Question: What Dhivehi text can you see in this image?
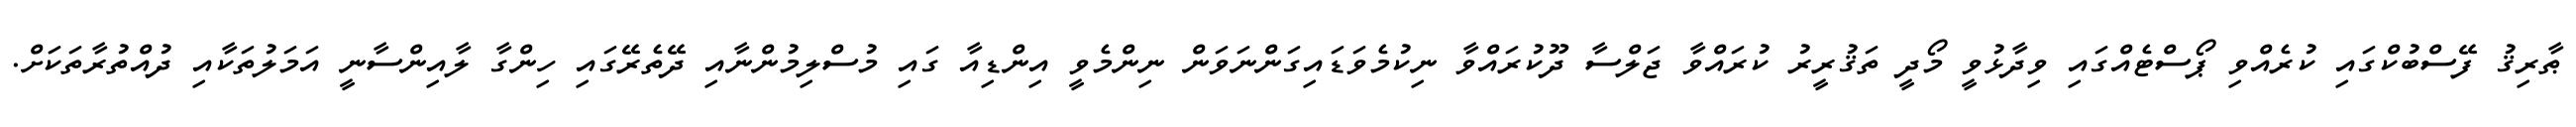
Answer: ޠާރިޤު ފޭސްބުކްގައި ކުރެއްވި ޕޯސްޓެއްގައި ވިދާޅުވީ މޯދީ ތަޤުރީރު ކުރައްވާ ޖަލްސާ ދޫކުރައްވާ ނިކުމެވަޑައިގަންނަވަން ނިންމެވީ އިންޑިއާ ގައި މުސްލިމުންނާއި ދޭތެރޭގައި ހިންގާ ލާއިންސާނީ އަމަލުތަކާއި ދުއްތުރާތަކަށް.